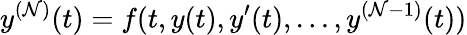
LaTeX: y^{(\mathcal{N})}(t)=f(t,y(t),y^{\prime}(t),\ldots,y^{(\mathcal{N}-1)}(t))